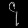
Digit: ၄